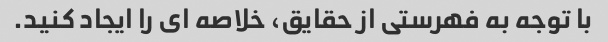
با توجه به فهرستی از حقایق، خلاصه ای را ایجاد کنید.